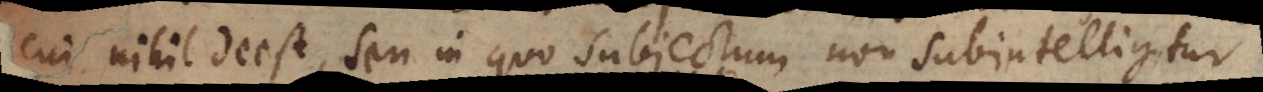
cui nihil deest, seu in quo subjectum non subintelligitur